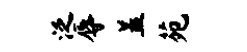
泛辱盖苑